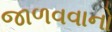
જાળવવાનો